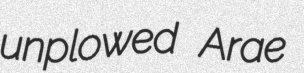
unplowed Arae